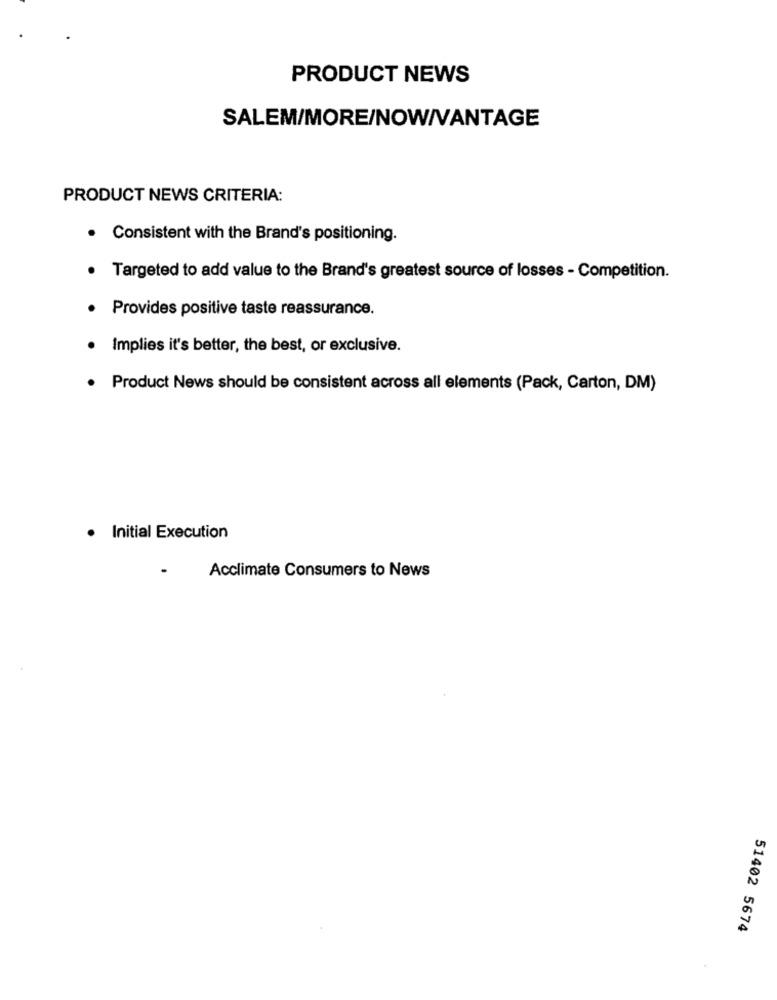
PRODUCT NEWS
SALEM/MORE/NOW/VANTAGE
PRODUCT NEWS CRITERIA:
. Consistent with the Brand's positioning.
Targeted to add value to the Brand's greatest source of losses - Competition.
Provides positive taste reassurance.
Implies it's better, the best, or exclusive.
· Product News should be consistent across all elements (Pack, Carton, DM)
· Initial Execution
Acclimate Consumers to News
51402 5674